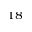
^ { 1 8 }